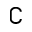
\complement